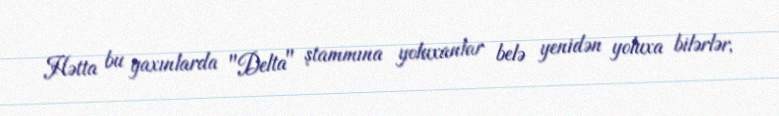
Hətta bu yaxınlarda "Delta" ştammına yoluxanlar belə yenidən yoluxa bilərlər,